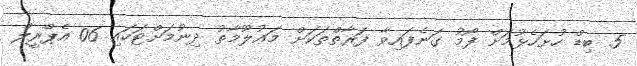
5. ބިޑް ހުށަހެޅުމަށް ފޯމު ގަނެފައިވާ ފަރާތްތަކަށް މަޢުލޫމާތު ދިނުމަށްޓަކައި 06 އެޕްރީލް